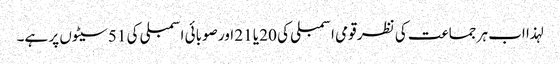
لہذا اب ہر جماعت کی نظر قومی اسمبلی کی 20 یا 21 اور صوبائی اسمبلی کی 51 سیٹوں پر ہے۔